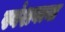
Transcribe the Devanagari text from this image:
स्वंशवत्या